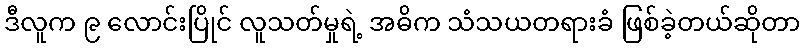
ဒီလူက ၉ လောင်းပြိုင် လူသတ်မှုရဲ့ အဓိက သံသယတရားခံ ဖြစ်ခဲ့တယ်ဆိုတာ